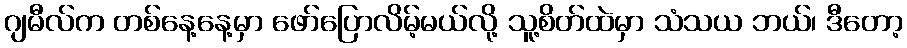
ဂျမီလ်က တစ်နေ့နေ့မှာ ဖော်ပြောလိမ့်မယ်လို့ သူ့စိတ်ထဲမှာ သံသယ ဘယ်၊ ဒီတော့